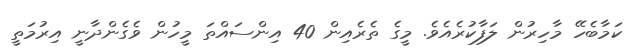
ކަމާބެހޭ މާހިރުން ލަފާކުރެއެވެ. މީގެ ތެރެއިން 40 އިންސައްތަ މީހުން ވެގެންދާނީ އިރުމަތީ